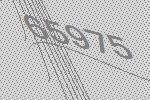
65975